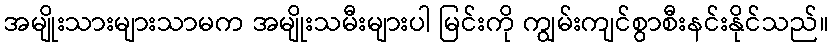
အမျိုးသားများသာမက အမျိုးသမီးများပါ မြင်းကို ကျွမ်းကျင်စွာစီးနင်းနိုင်သည်။